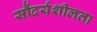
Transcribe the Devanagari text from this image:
सौंदर्यशीलता